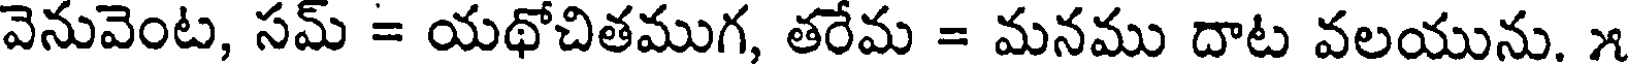
వెనువెంట, సమ్ = యథోచితముగ, తరేమ = మనము దాట వలయును. ౫